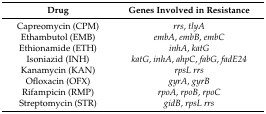
| Drug | Genes Involved in Resistance |
 | --- | --- |
 | Capreomycin (CPM) | rrs, tlyA |
 | Ethambutol (EMB) | embA, embB, embC |
 | Ethionamide (ETH) | inhA, katG |
 | Isoniazid (INH) | katG, inhA, ahpC, fabG, fadE24 |
 | Kanamycin (KAN) | rpsL rrs |
 | Ofloxacin (OFX) | gyrA, gyrB |
 | Rifampicin (RMP) | rpoA, rpoB, rpoC |
 | Streptomycin (STR) | gidB, rpsL rrs |